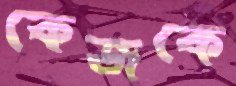
কেজকে